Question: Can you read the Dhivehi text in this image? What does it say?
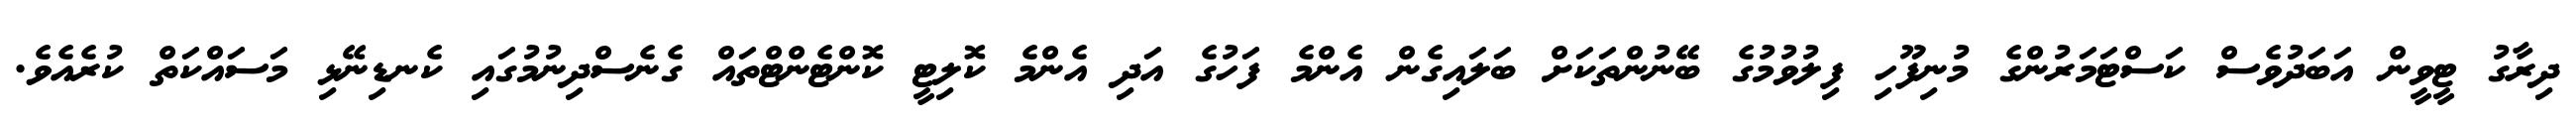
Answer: ދިރާގު ޓީވީން އަބަދުވެސް ކަސްޓަމަރުންގެ މުނިފޫހި ފިލުވުމުގެ ބޭނުންތަކަށް ބަލައިގެން އެންމެ ފަހުގެ އަދި އެންމެ ކޮލިޓީ ކޮންޓެންޓްތައް ގެނެސްދިނުމުގައި ކެނޑިނޭޅި މަސައްކަތް ކުރެއެވެ.